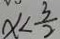
x < \frac { 3 } { 2 }